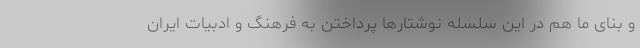
و بنای ما هم در این سلسله نوشتارها پرداختن به فرهنگ و ادبیات ایران